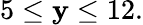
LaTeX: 5\leq\mathbf{y}\leq12.